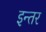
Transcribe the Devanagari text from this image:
इन्तर